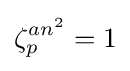
\zeta _{p}^{an^{2}}=1